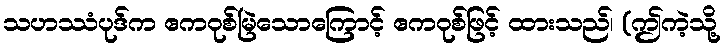
သဟဿံပုဒ်က ဧကဝုစ်မြဲသောကြောင့် ဧကဝုစ်ဖြင့် ထားသည်၊ (ဤကဲ့သို့